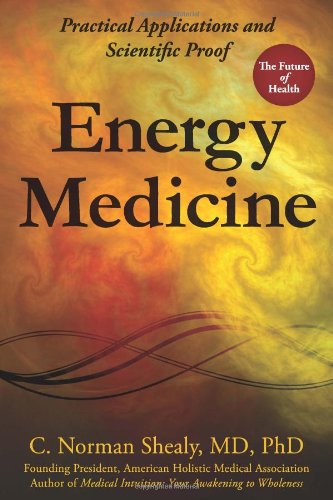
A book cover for Energy Medicine: Practical Applications and Scientific Proof; C. Norman Shealy; Science & Math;